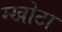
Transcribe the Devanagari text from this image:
म्खोटा